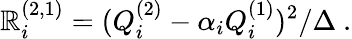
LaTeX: \mathbb{R}_{i}^{(2,1)}=(Q_{i}^{(2)}-\alpha_{i}Q_{i}^{(1)})^{2}/\Delta\ .